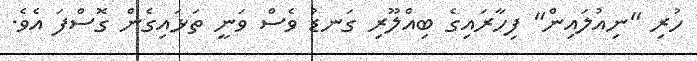
ހުރި "ނިއުލައިން" ފިހާރައިގެ ބިއްލޫރި ގަނޑު ވެސް ވަނީ ތަޅައިގެން ގޮސްފަ އެވެ.